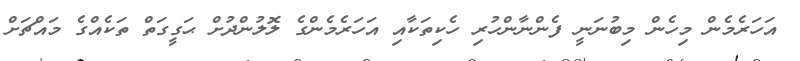
އަހަރެމެން މިހެން މިބުނަނީ ފެންނާންހުރި ހެކިތަކާއި އަހަރެމެންގެ ލޮލުންދުށް ޙަގީގަތް ތަކެއްގެ މައްޗަށް